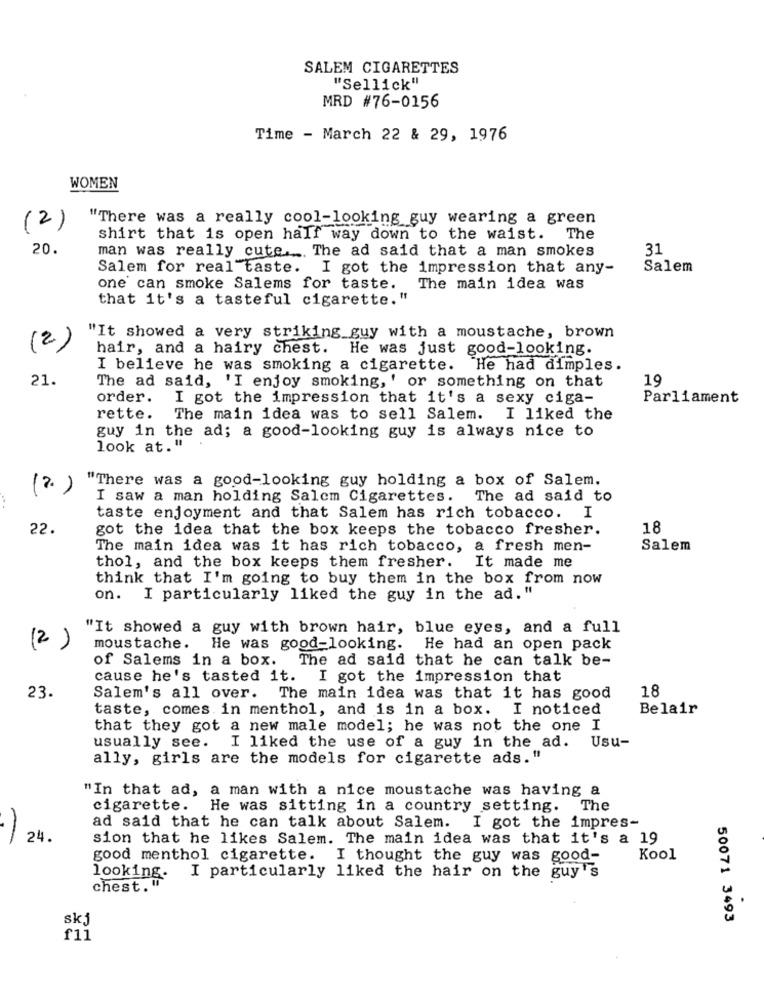
SALEM CIGARETTES
"Sellick"
MRD #76-0156
Time - March 22 & 29, 1976
WOMEN
"There was a really cool-looking guy wearing a green
(2)
shirt that is open half way down to the waist. The
20.
man was really cute .... The ad said that a man smokes
31
Salem for real taste. I got the impression that any-
Salem
one can smoke Salems for taste. The main idea was
that it's a tasteful cigarette."
"It showed a very striking guy with a moustache, brown
(2)
hair, and a hairy chest. He was just good-looking.
I believe he was smoking a cigarette.
He had dimples.
21.
19
The ad said, 'I enjoy smoking, ' or something on that
order.
I got the impression that it's a sexy ciga-
Parliament
rette.
The main idea was to sell Salem.
I liked the
guy in the ad; a good-looking guy is always nice to
look at."
"There was a good-looking guy holding a box of Salem.
(2.)
I saw a man holding Salem Cigarettes.
The ad said to
taste enjoyment and that Salem has rich tobacco. I
22.
got the idea that the box keeps the tobacco fresher.
18
The main idea was it has rich tobacco, a fresh men-
Salem
thol, and the box keeps them fresher. It made me
think that I'm going to buy them in the box from now
on. I particularly liked the guy in the ad. "
"It showed a guy with brown hair, blue eyes, and a full
(2)
moustache. He was good-looking. He had an open pack
of Salems in a box. The ad said that he can talk be-
cause he's tasted it. I got the impression that
18
23.
Salem's all over. The main idea was that it has good
taste, comes. in menthol, and is in a box. I noticed
Belair
that they got a new male model; he was not the one I
usually see.
I liked the use of a guy in the ad. Usu-
ally, girls are the models for cigarette ads."
"In that ad, a man with a nice moustache was having a
cigarette.
He was sitting in a country setting.
The
ad said that he can talk about Salem. I got the impres-
24.
sion that he likes Salem. The main idea was that it's a 19
good menthol cigarette. I thought the guy was good-
Kool
looking.
I particularly liked the hair on the guy's
chest."
skj
50071 3493